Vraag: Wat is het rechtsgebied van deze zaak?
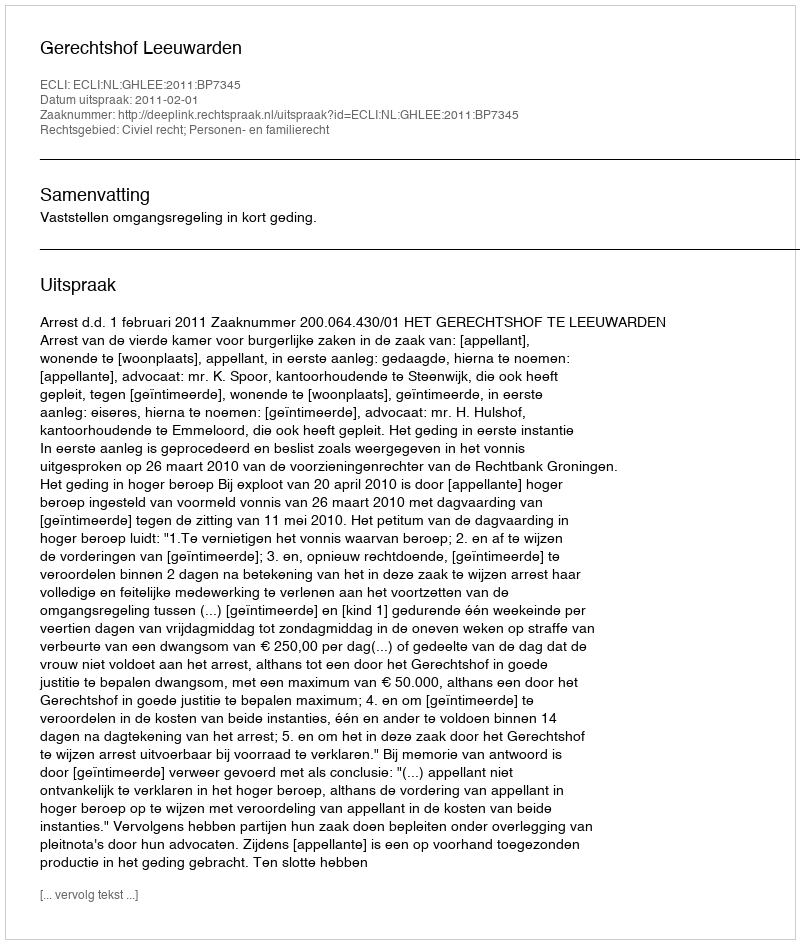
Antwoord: Civiel recht; Personen- en familierecht